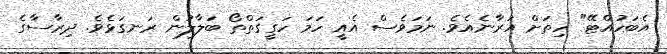
އެބަހުއްޓޭ" ހިތަށް އަރާނެއެވެ. ނަމަވެސް އެއީ ހަމަ ހަގީގަތްތޯ ބަލާލުން ރަނގަޅެވެ. ދިރާސާގެ